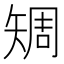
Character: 𥏨